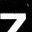
Digit: 7